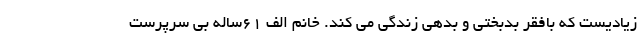
زیادیست که بافقر بدبختی و بدهی زندگی می کند. خانم الف ۶۱ساله بی سرپرست